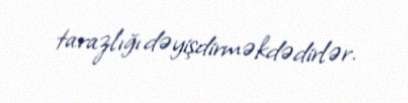
tarazlığı dəyişdirməkdədirlər.